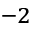
^ { - 2 }